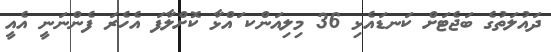
ދައުލަތުގެ ބަޖެޓަށް ކަނޑައެޅި 36 މިލިއަންކ ައްޅާ ކޮށްލާފަ އެހެރަ ފެންނަނީ އެއީ